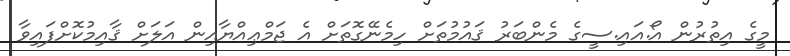
މީގެ އިތުރުން އޯ.އައި.ސީގެ މެންބަރު ޤައުމުތަށް ހިމެނޭގޮތަށް އެ ޖަމްޢިއްޔާއިން އަލަށް ޤާއިމުކޮށްފައިވާ